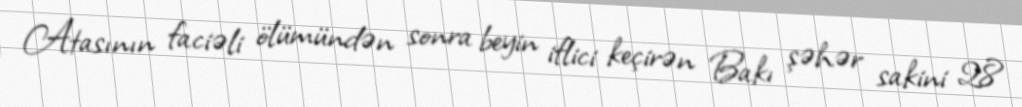
Atasının faciəli ölümündən sonra beyin iflici keçirən Bakı şəhər sakini 28